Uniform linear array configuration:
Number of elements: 32
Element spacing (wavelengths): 0.5
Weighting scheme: hamming
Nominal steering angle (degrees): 60
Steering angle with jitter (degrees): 58.245
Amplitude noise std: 0.05
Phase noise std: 0.05

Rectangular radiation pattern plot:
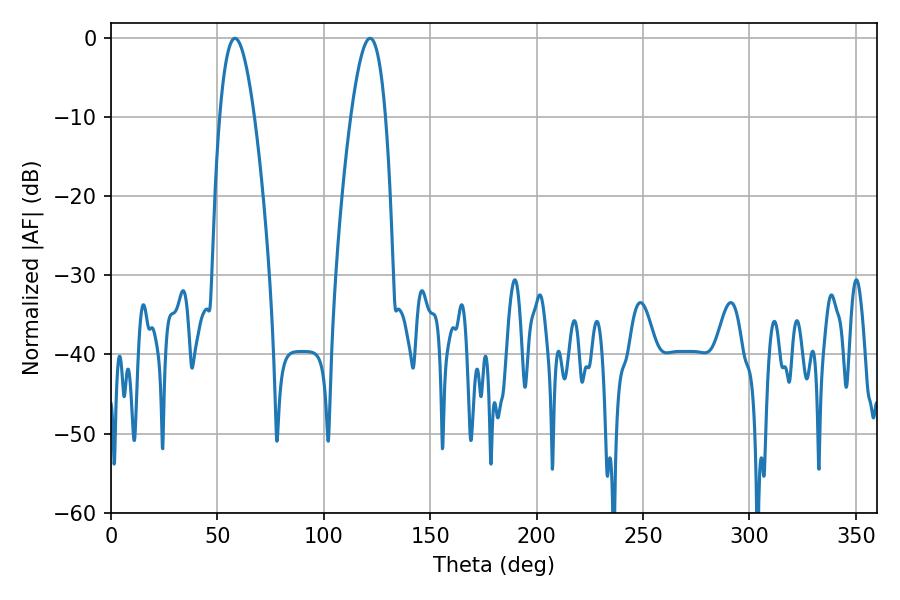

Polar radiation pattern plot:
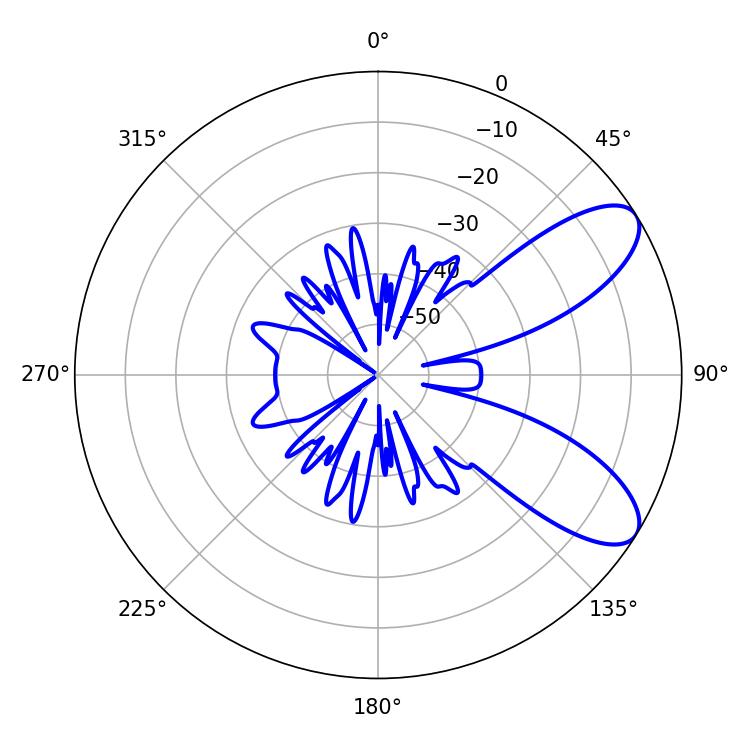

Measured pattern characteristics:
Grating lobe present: FALSE
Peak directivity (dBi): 8.436
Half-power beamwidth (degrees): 9
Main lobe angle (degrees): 58.32